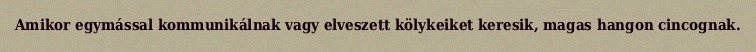
Amikor egymással kommunikálnak vagy elveszett kölykeiket keresik, magas hangon cincognak.